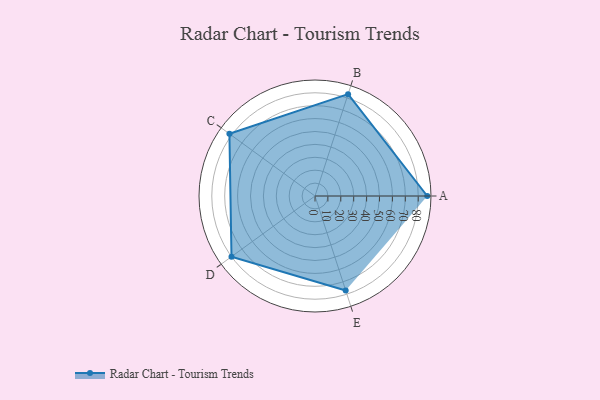
{"axis": {"x": "Skill", "y": "Score"}, "legend": ["Profile"], "data": [{"x": "A", "y": 87.0, "type": "Profile"}, {"x": "B", "y": 83.0, "type": "Profile"}, {"x": "C", "y": 82.0, "type": "Profile"}, {"x": "D", "y": 80.0, "type": "Profile"}, {"x": "E", "y": 77.0, "type": "Profile"}]}